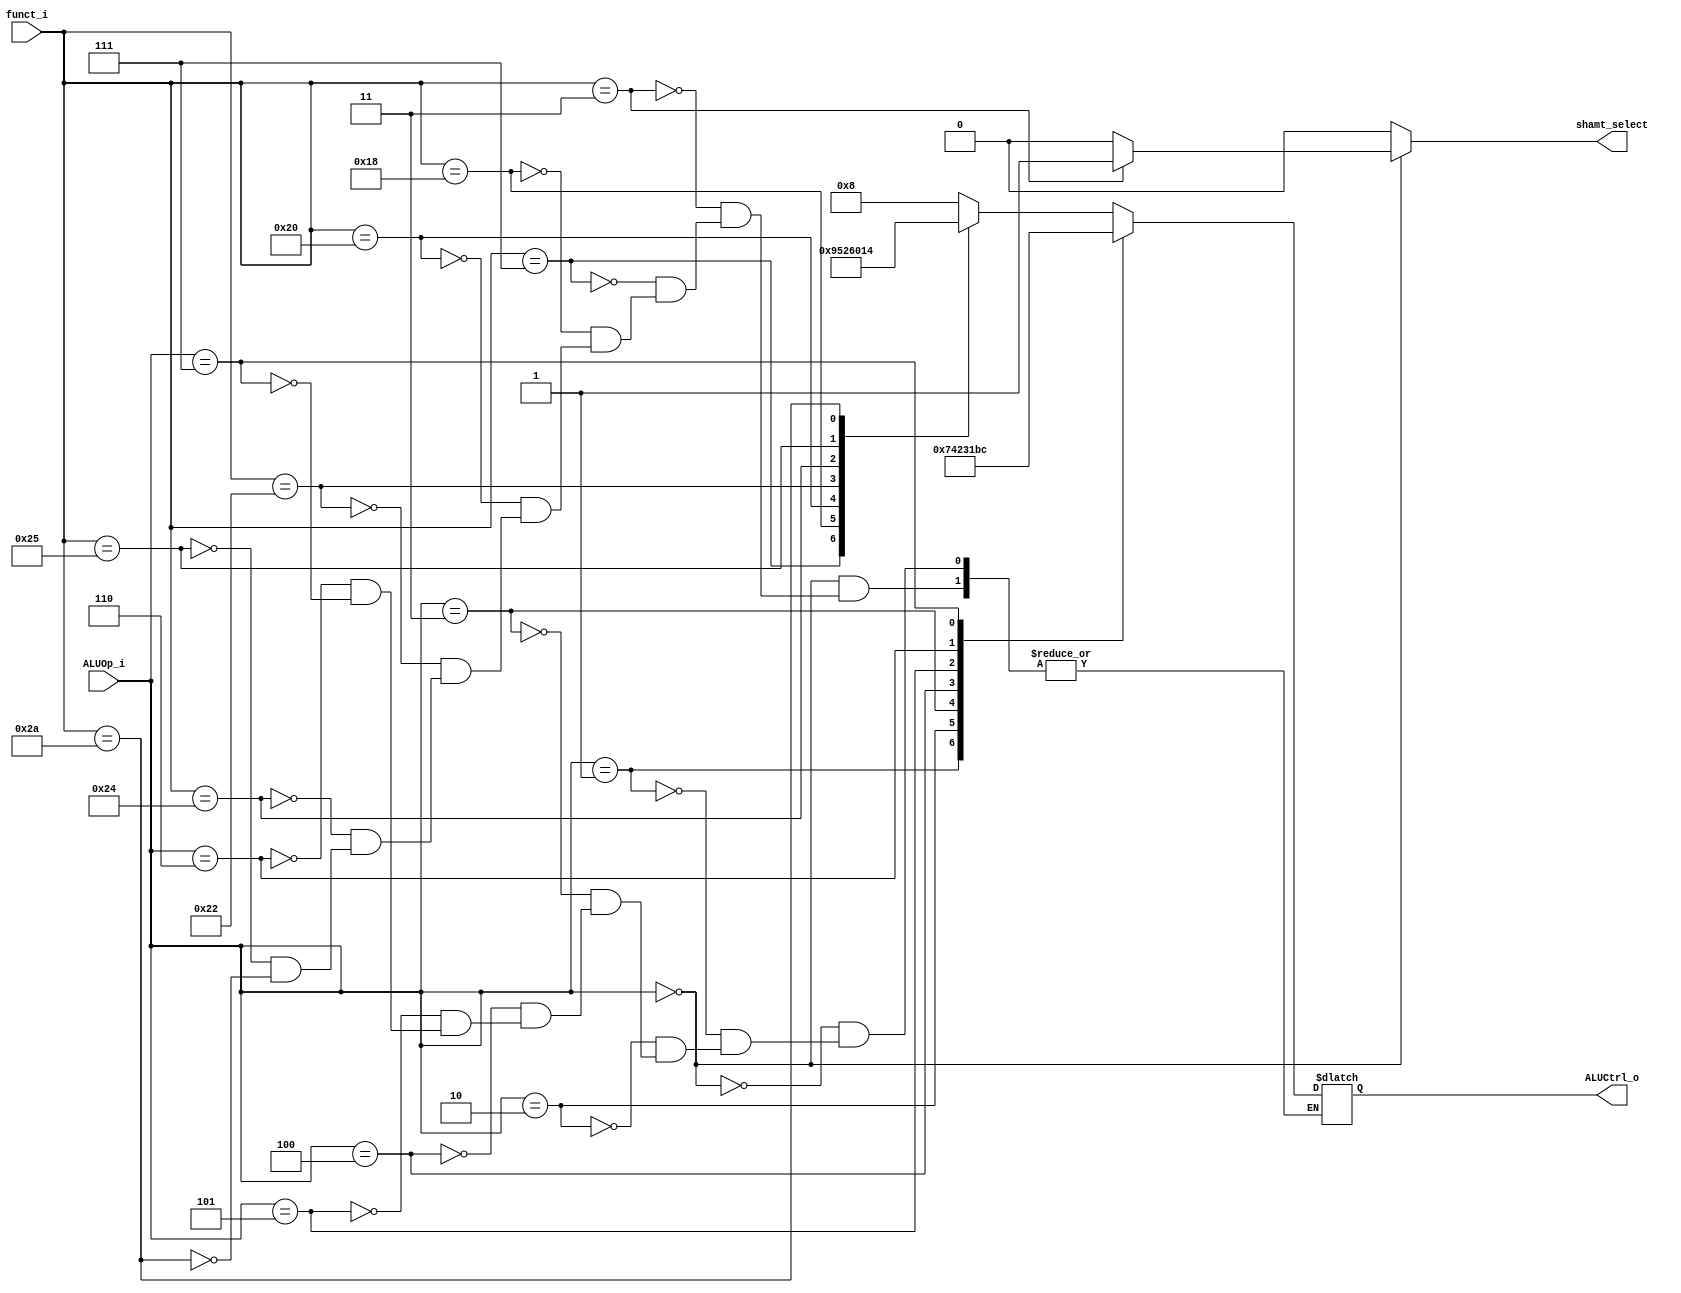
//Subject:     CO project 2 - ALU Controller
//--------------------------------------------------------------------------------
//Version:     1
//--------------------------------------------------------------------------------
//Writer:      0416111 0540112
//----------------------------------------------
//Date:        
//----------------------------------------------
//Description: 
//--------------------------------------------------------------------------------

module ALU_Ctrl(
          funct_i,
          ALUOp_i,
          ALUCtrl_o,
			 shamt_select
			 //mux_jump_select
          );
          
//I/O ports 
input      [6-1:0] funct_i;
input      [3-1:0] ALUOp_i;

output     [4-1:0] ALUCtrl_o;    
output shamt_select;
//output mux_jump_select;     
//Internal Signals
reg        [4-1:0] ALUCtrl_o;
reg shamt_select;
//reg mux_jump_select;

//Main function
always@(funct_i,ALUOp_i)begin
case(ALUOp_i)
	0:begin
		case(funct_i)
			3:ALUCtrl_o<=4'b1000;
			7:ALUCtrl_o<=4'b1001;
			24:ALUCtrl_o<=4'b0101;	//mul
			32:ALUCtrl_o<=4'b0010;	//add
			34:ALUCtrl_o<=4'b0110;	//sub
			36:ALUCtrl_o<=4'b0000;	//and
			37:ALUCtrl_o<=4'b0001;	//or
			42:ALUCtrl_o<=4'b0100;	//slt
			//0:
		endcase
	end
	1:ALUCtrl_o<=4'b0111;	//beq
	2:ALUCtrl_o<=4'b0100;	//bltz
	3:ALUCtrl_o<=4'b0010;   //addi
	4:ALUCtrl_o<=4'b0011;	//sltiu
	5:ALUCtrl_o<=4'b0001;	//ori
	6:ALUCtrl_o<=4'b1011;	//lui
	7:ALUCtrl_o<=4'b1100;	//sgt  if rs>rt then result=1;
endcase	
//Select exact operation

if(ALUOp_i==0)begin
	if(funct_i==3)begin
		shamt_select<=1;
		//mux_jump_select<=1;
	end
	else if(funct_i==8)begin
		//mux_jump_select<=0;
		shamt_select<=0;
	end
	else begin
		shamt_select<=0;
		//mux_jump_select<=1;
	end
end
else begin
	shamt_select<=0;
	//mux_jump_select<=1;
end
end
endmodule